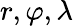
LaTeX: r,\varphi,\lambda